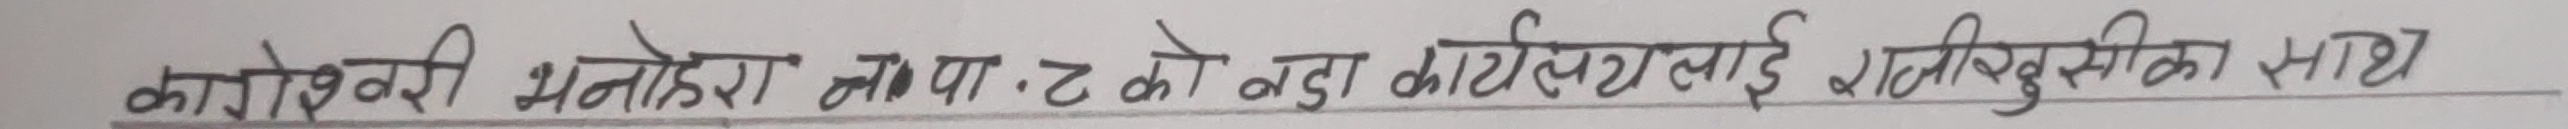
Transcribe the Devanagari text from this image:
काठमाडौं भनेर यसका को नयाँ कार्यक्रमलाई तीव्रताका साथ